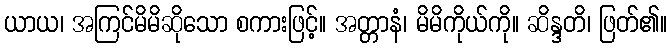
ယာယ၊ အကြင်မိမိဆိုသော စကားဖြင့်။ အတ္တာနံ၊ မိမိကိုယ်ကို။ ဆိန္ဒတိ၊ ဖြတ်၏။